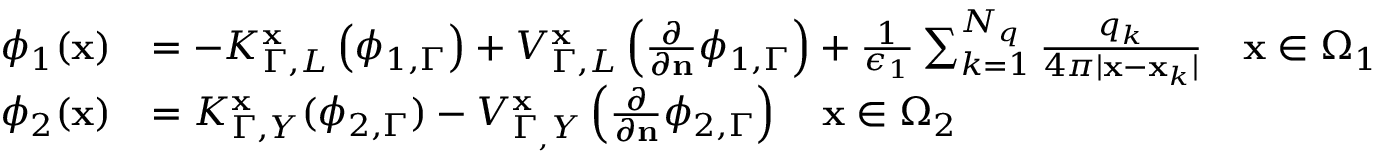
\begin{array} { r l } { \phi _ { 1 } ( \mathbf { x } ) } & { = - K _ { \Gamma , L } ^ { \mathbf { x } } \left( \phi _ { 1 , \Gamma } \right) + V _ { \Gamma , L } ^ { \mathbf { x } } \left( \frac { \partial } { \partial \mathbf { n } } \phi _ { 1 , \Gamma } \right) + \frac { 1 } { \epsilon _ { 1 } } \sum _ { k = 1 } ^ { N _ { q } } \frac { q _ { k } } { 4 \pi | \mathbf { x } - \mathbf { x } _ { k } | } \quad \mathbf { x } \in \Omega _ { 1 } } \\ { \phi _ { 2 } ( \mathbf { x } ) } & { = K _ { \Gamma , Y } ^ { \mathbf { x } } ( \phi _ { 2 , \Gamma } ) - V _ { \Gamma _ { , } Y } ^ { \mathbf { x } } \left( \frac { \partial } { \partial \mathbf { n } } \phi _ { 2 , \Gamma } \right) \quad \mathbf { x } \in \Omega _ { 2 } } \end{array}